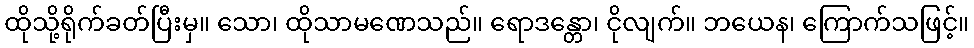
ထိုသို့ရိုက်ခတ်ပြီးမှ။ သော၊ ထိုသာမဏေသည်။ ရောဒန္တော၊ ငိုလျက်။ ဘယေန၊ ကြောက်သဖြင့်။